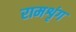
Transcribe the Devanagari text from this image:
रामशृंग